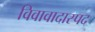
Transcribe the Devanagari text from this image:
विवावादास्पद